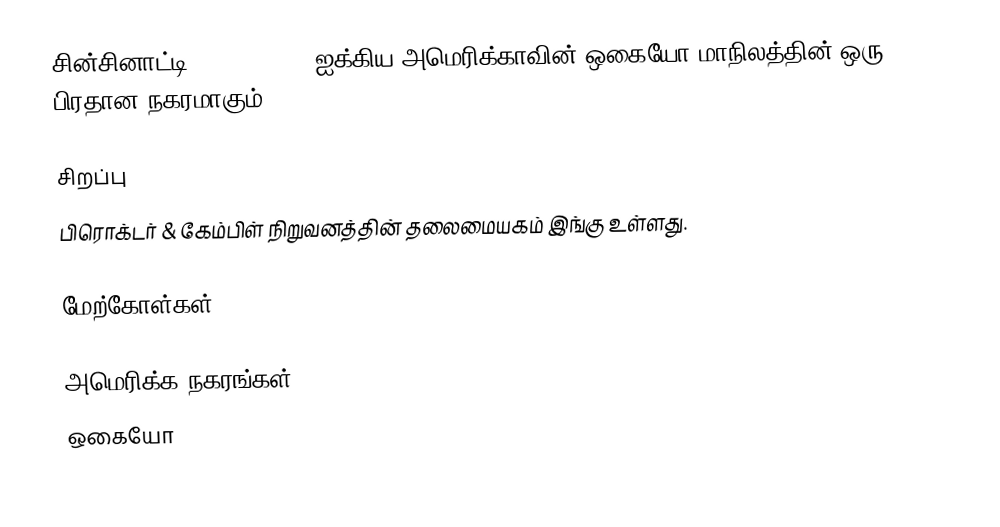
சின்சினாட்டி (Cincinnati) ஐக்கிய அமெரிக்காவின் ஒகையோ மாநிலத்தின் ஒரு பிரதான நகரமாகும்.

சிறப்பு
 பிரொக்டர் & கேம்பிள் நிறுவனத்தின் தலைமையகம் இங்கு உள்ளது.

மேற்கோள்கள்

அமெரிக்க நகரங்கள்
ஒகையோ